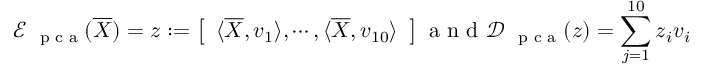
\mathcal E _ { \mathrm { ~ \scriptsize ~ p ~ c ~ a ~ } } ( \overline { { \boldsymbol X } } ) = \boldsymbol z : = \left[ \begin{array} { l } { \langle \overline { { \boldsymbol X } } , \boldsymbol v _ { 1 } \rangle , \cdots , \langle \overline { { \boldsymbol X } } , \boldsymbol v _ { 1 0 } \rangle } \end{array} \right] \mathrm { ~ a ~ n ~ d ~ } \mathcal D _ { \mathrm { ~ \scriptsize ~ p ~ c ~ a ~ } } ( \boldsymbol z ) = \sum _ { j = 1 } ^ { 1 0 } \boldsymbol z _ { i } \boldsymbol v _ { i }